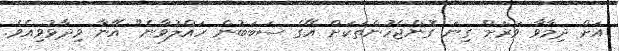
އަށް ދިމާވާ ވަރަށް ގިނަ ގޮންޖެހުންތަކަށް އޭގެ ސަބަބުން ހައްލުވާނެ" އޭނާ ވިދާޅުވިއެވެ.